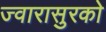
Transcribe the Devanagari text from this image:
ज्वारासुरकाे